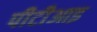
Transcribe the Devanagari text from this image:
पीटीआइ